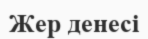
Жер денесі